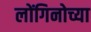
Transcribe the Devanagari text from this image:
लोंगिनोच्या